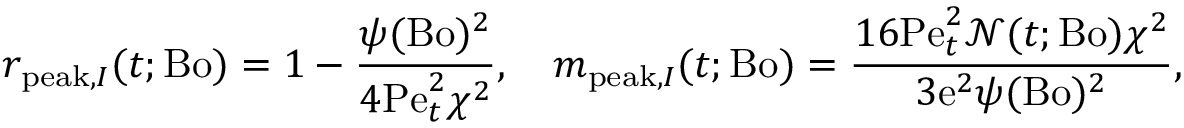
r _ { \mathrm { p e a k } , I } ( t ; \mathrm { B o } ) = 1 - \frac { \psi ( \mathrm { B o } ) ^ { 2 } } { 4 \mathrm { P e } _ { t } ^ { 2 } \chi ^ { 2 } } , \quad m _ { \mathrm { p e a k } , I } ( t ; \mathrm { B o } ) = \frac { 1 6 \mathrm { P e } _ { t } ^ { 2 } \mathcal { N } ( t ; \mathrm { B o } ) \chi ^ { 2 } } { 3 \mathrm { e } ^ { 2 } \psi ( \mathrm { B o } ) ^ { 2 } } ,